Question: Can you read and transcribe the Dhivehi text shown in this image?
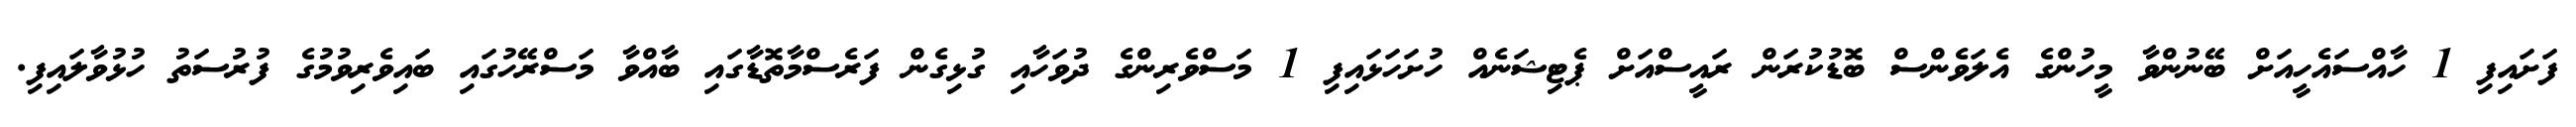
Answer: ފަށައިފި 1 ހާއްސައެހީއަށް ބޭނުންވާ މީހުންގެ އެލަވެންސް ބޮޑުކުރަން ރައީސްއަށް ޕެޓިޝަނެއް ހުށަހަޅައިފި 1 މަސްވެރިންގެ ދުވަހާއި ގުޅިގެން ފަރެސްމާތޮޑާގައި ބާއްވާ މަސްރޭހުގައި ބައިވެރިވުމުގެ ފުރުސަތު ހުޅުވާލައިފި.